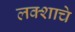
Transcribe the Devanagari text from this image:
लक्शाचे